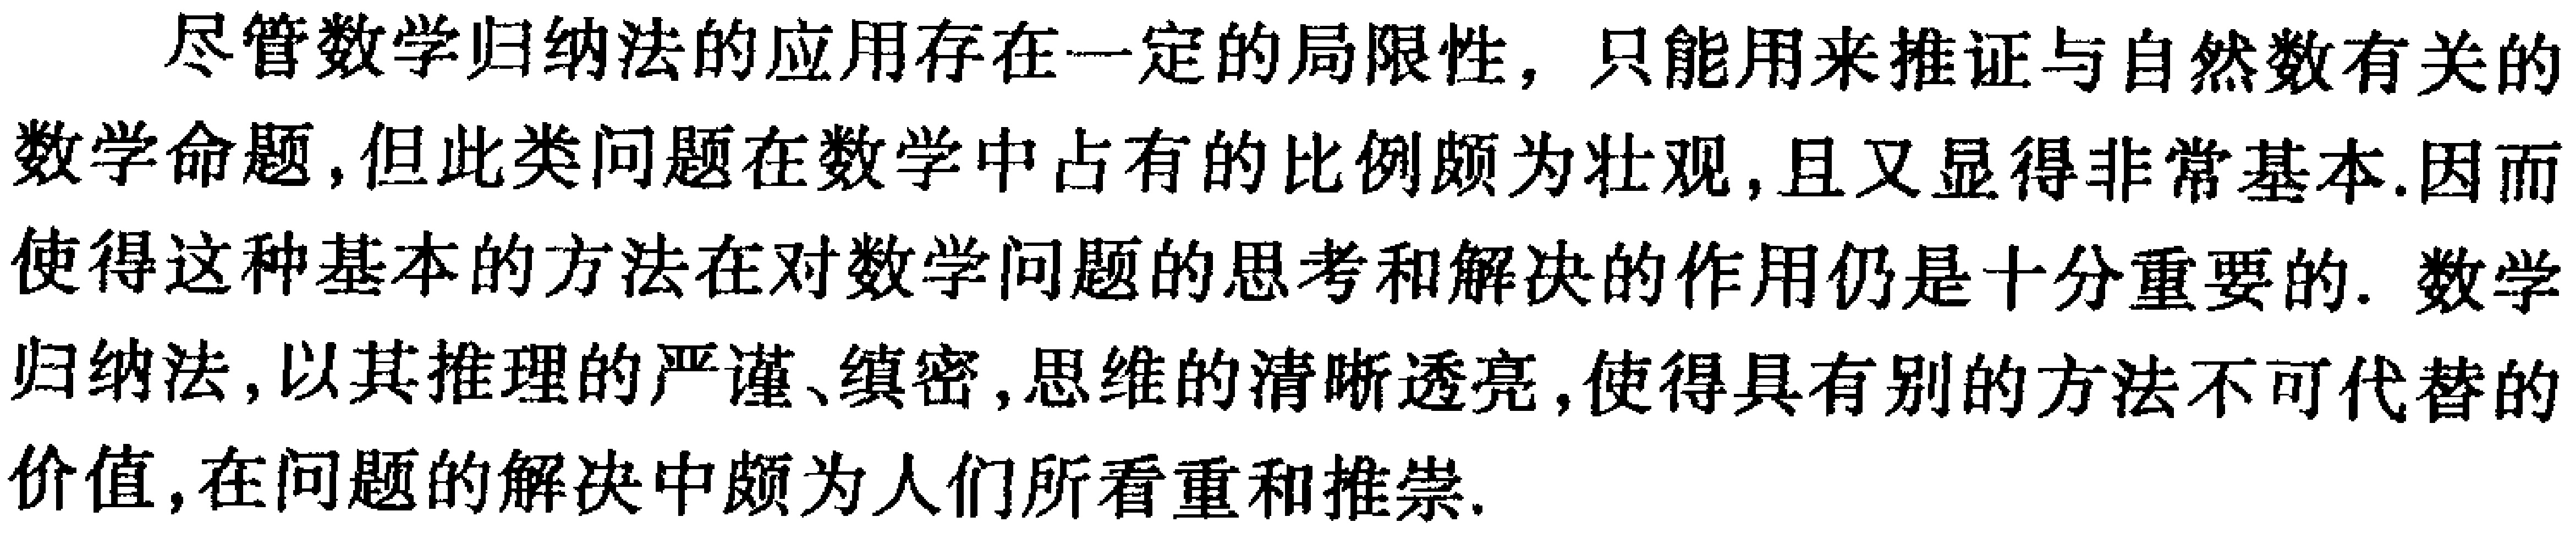
尽管数学归纳法的应用存在一定的局限性，只能用来推证与自然数有关的数学命题,但此类问题在数学中占有的比例颇为壮观,且又显得非常基本.因而使得这种基本的方法在对数学问题的思考和解决的作用仍是十分重要的. 数学归纳法,以其推理的严谨、缜密,思维的清晰透亮,使得具有别的方法不可代替的价值,在问题的解决中颇为人们所看重和推崇.